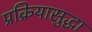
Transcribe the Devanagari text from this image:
प्रक्रियासुद्धा